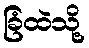
ခြံထဲသို့